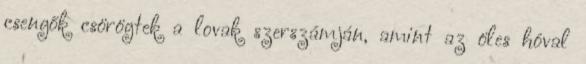
csengők csörögtek a lovak szerszámján, amint az öles hóval